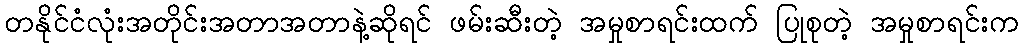
တနိုင်ငံလုံးအတိုင်းအတာအတာနဲ့ဆိုရင် ဖမ်းဆီးတဲ့ အမှုစာရင်းထက် ပြုစုတဲ့ အမှုစာရင်းက